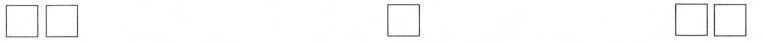
\Box \Box \Box \Box \Box